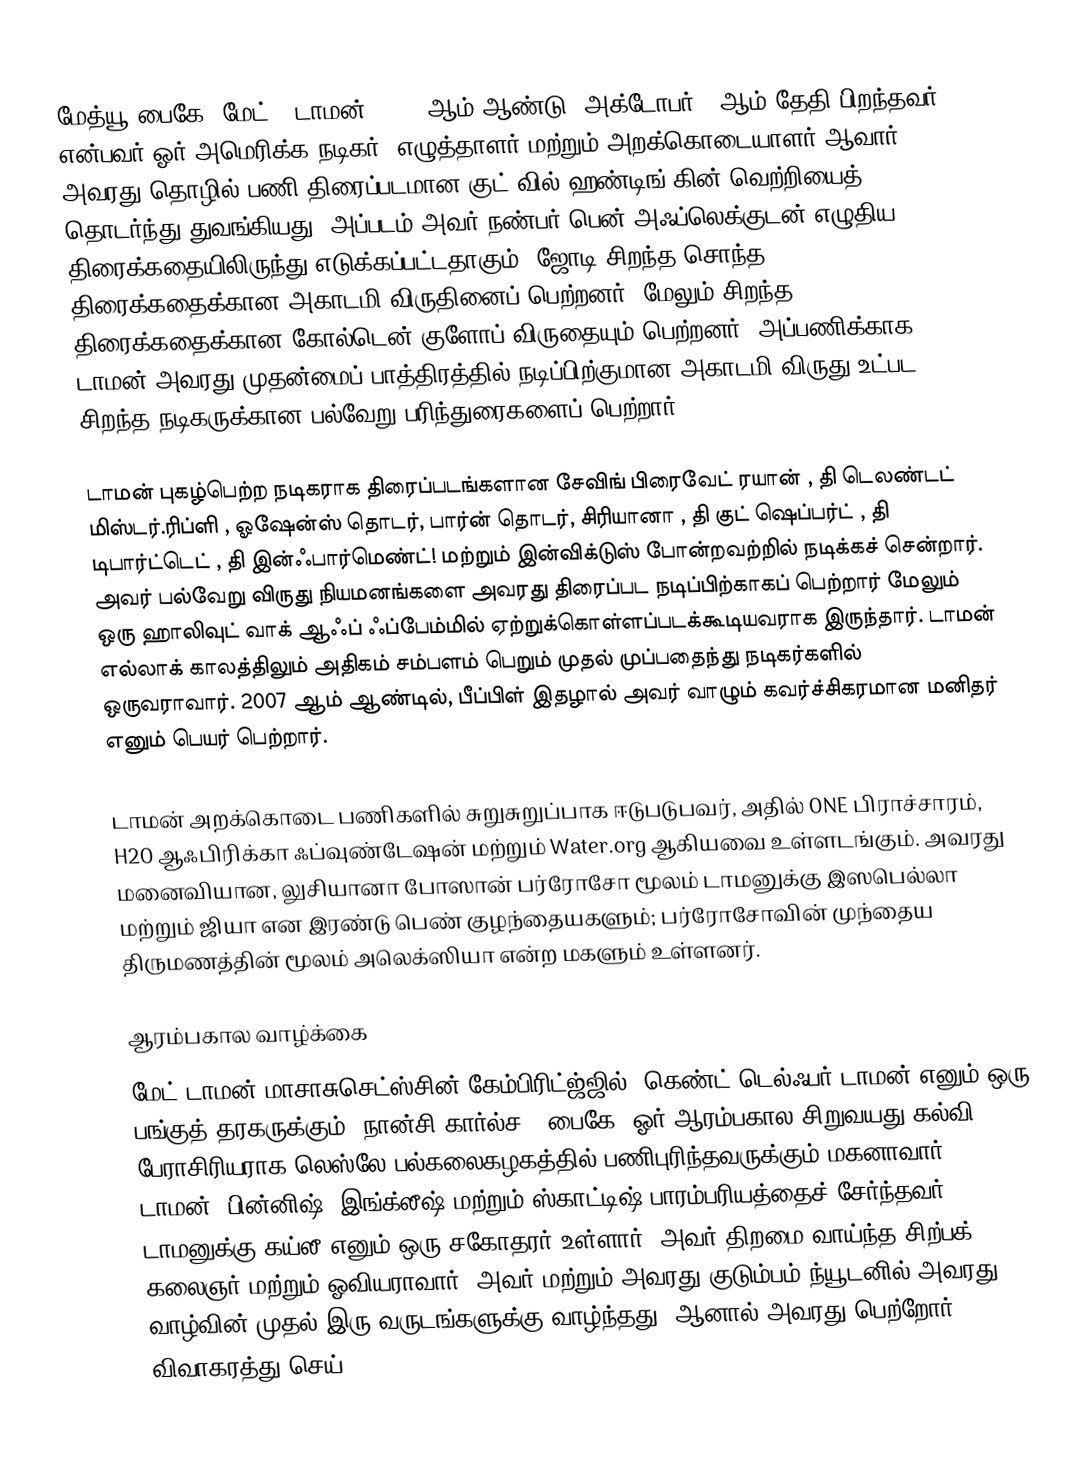
மேத்யூ பைகே  "மேட் " டாமன் (1970 ஆம் ஆண்டு, அக்டோபர் 8 ஆம் தேதி பிறந்தவர்) என்பவர் ஓர் அமெரிக்க நடிகர், எழுத்தாளர் மற்றும் அறக்கொடையாளர் ஆவார். அவரது தொழில் பணி திரைப்படமான குட் வில் ஹண்டிங் கின் வெற்றியைத் தொடர்ந்து துவங்கியது, அப்படம் அவர் நண்பர் பென் அஃப்லெக்குடன் எழுதிய திரைக்கதையிலிருந்து எடுக்கப்பட்டதாகும். ஜோடி சிறந்த சொந்த திரைக்கதைக்கான அகாடமி விருதினைப் பெற்றனர், மேலும் சிறந்த திரைக்கதைக்கான கோல்டென் குளோப் விருதையும் பெற்றனர். அப்பணிக்காக டாமன் அவரது முதன்மைப் பாத்திரத்தில் நடிப்பிற்குமான அகாடமி விருது உட்பட சிறந்த நடிகருக்கான பல்வேறு பரிந்துரைகளைப் பெற்றார்.

டாமன் புகழ்பெற்ற நடிகராக திரைப்படங்களான சேவிங் பிரைவேட் ரயான் , தி டெலண்டட் மிஸ்டர்.ரிப்ளி , ஓஷேன்ஸ் தொடர், பார்ன் தொடர், சிரியானா , தி குட் ஷெப்பர்ட் , தி டிபார்ட்டெட் , தி இன்ஃபார்மெண்ட்! மற்றும் இன்விக்டுஸ் போன்றவற்றில் நடிக்கச் சென்றார். அவர் பல்வேறு விருது நியமனங்களை அவரது திரைப்பட நடிப்பிற்காகப் பெற்றார் மேலும் ஒரு ஹாலிவுட் வாக் ஆஃப் ஃப்பேம்மில் ஏற்றுக்கொள்ளப்படக்கூடியவராக இருந்தார். டாமன் எல்லாக் காலத்திலும் அதிகம் சம்பளம் பெறும் முதல் முப்பதைந்து நடிகர்களில் ஒருவராவார். 2007 ஆம் ஆண்டில், பீப்பிள் இதழால் அவர் வாழும் கவர்ச்சிகரமான மனிதர் எனும் பெயர் பெற்றார்.

டாமன் அறக்கொடை பணிகளில் சுறுசுறுப்பாக ஈடுபடுபவர், அதில் ONE பிராச்சாரம், H2O ஆஃபிரிக்கா ஃப்வுண்டேஷன் மற்றும் Water.org ஆகியவை உள்ளடங்கும். அவரது மனைவியான, லுசியானா போஸான் பர்ரோசோ மூலம் டாமனுக்கு இஸபெல்லா மற்றும் ஜியா என இரண்டு பெண் குழந்தையகளும்; பர்ரோசோவின் முந்தைய திருமணத்தின் மூலம் அலெக்ஸியா என்ற மகளும் உள்ளனர்.

ஆரம்பகால வாழ்க்கை
மேட் டாமன் மாசாசுசெட்ஸ்சின் கேம்பிரிட்ஜ்ஜில், கெண்ட் டெல்ஃபர் டாமன் எனும் ஒரு பங்குத் தரகருக்கும், நான்சி கார்ல்ச - பைகே, ஓர் ஆரம்பகால சிறுவயது கல்வி பேராசிரியராக லெஸ்லே பல்கலைகழகத்தில் பணிபுரிந்தவருக்கும் மகனாவார். டாமன், பின்னிஷ், இங்க்லீஷ் மற்றும் ஸ்காட்டிஷ் பாரம்பரியத்தைச் சேர்ந்தவர். டாமனுக்கு கய்லீ எனும் ஒரு சகோதரர் உள்ளார். அவர் திறமை வாய்ந்த சிற்பக் கலைஞர் மற்றும் ஓவியராவார். அவர் மற்றும் அவரது குடும்பம் ந்யூடனில் அவரது வாழ்வின் முதல் இரு வருடங்களுக்கு வாழ்ந்தது, ஆனால் அவரது பெற்றோர் விவாகரத்து செய்